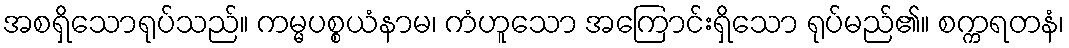
အစရှိသောရုပ်သည်။ ကမ္မပစ္စယံနာမ၊ ကံဟူသော အကြောင်းရှိသော ရုပ်မည်၏။ စက္ကရတနံ၊